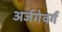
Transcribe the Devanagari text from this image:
अर्जगेवर्ग